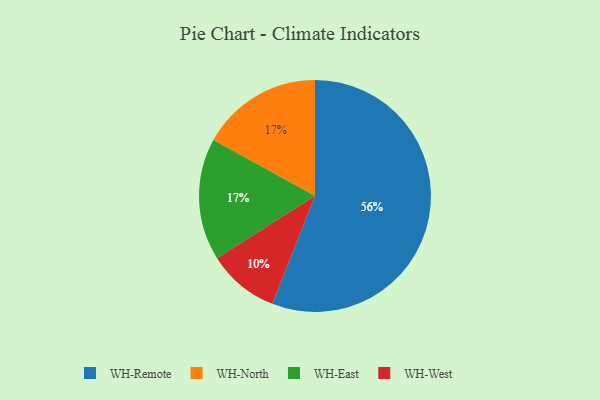
{"axis": {"x": "Category", "y": "Percentage"}, "legend": ["WH-East", "WH-North", "WH-Remote", "WH-West"], "data": [{"x": "WH-West", "y": 10, "type": "WH-West"}, {"x": "WH-North", "y": 17, "type": "WH-North"}, {"x": "WH-Remote", "y": 56, "type": "WH-Remote"}, {"x": "WH-East", "y": 17, "type": "WH-East"}]}